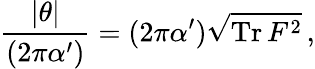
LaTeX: {\frac{|\theta|}{(2\pi\alpha^{\prime})}}=(2\pi\alpha^{\prime})\sqrt{\mathrm{Tr}\, F^{2}}\, ,